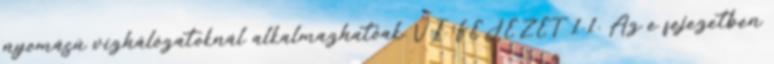
nyomású vízhálózatoknál alkalmazhatóak. VI. FEJEZET 1.1. Az e fejezetben